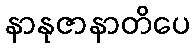
နာနုဇာနာတိပေ